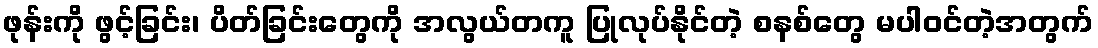
ဖုန်းကို ဖွင့်ခြင်း၊ ပိတ်ခြင်းတွေကို အလွယ်တကူ ပြုလုပ်နိုင်တဲ့ စနစ်တွေ မပါဝင်တဲ့အတွက်